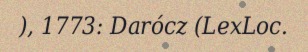
), 1773: Darócz (LexLoc.